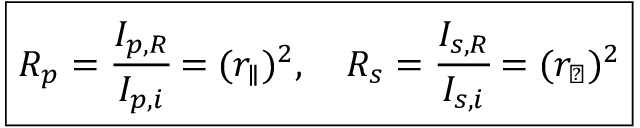
\boxed { R _ { p } = \cfrac { I _ { p , R } } { I _ { p , i } } = ( r _ { \parallel } ) ^ { 2 } , \quad R _ { s } = \cfrac { I _ { s , R } } { I _ { s , i } } = ( r _ { \perp } ) ^ { 2 } }